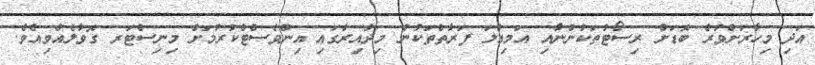
އަދި މިހާރަށްވުރެ ބޮޑަށް ރިސޯޓުތަކުންނާއި އަމިއްލަ ފަރާތްތަކުން މިދާއިރާގައި އިންވެސްޓްކުރުމަށް މިނިސްޓަރ ގޮވާލެއްވިއެވެ.